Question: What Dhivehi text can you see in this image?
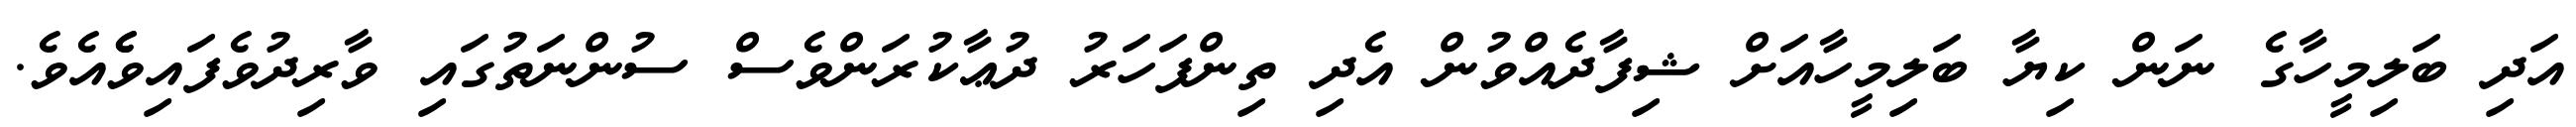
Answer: އަދި ބަލިމީހާގެ ނަން ކިޔާ ބަލިމީހާއަށް ޝިފާދެއްވުން އެދި ތިންފަހަރު ދުޢާކުރަންވެސް ސުންނަތުގައި ވާރިދުވެފައިވެެއެވެ.